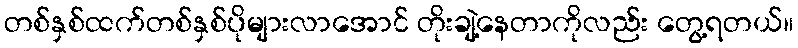
တစ်နှစ်ထက်တစ်နှစ်ပိုများလာအောင် တိုးချဲ့နေတာကိုလည်း တွေ့ရတယ်။